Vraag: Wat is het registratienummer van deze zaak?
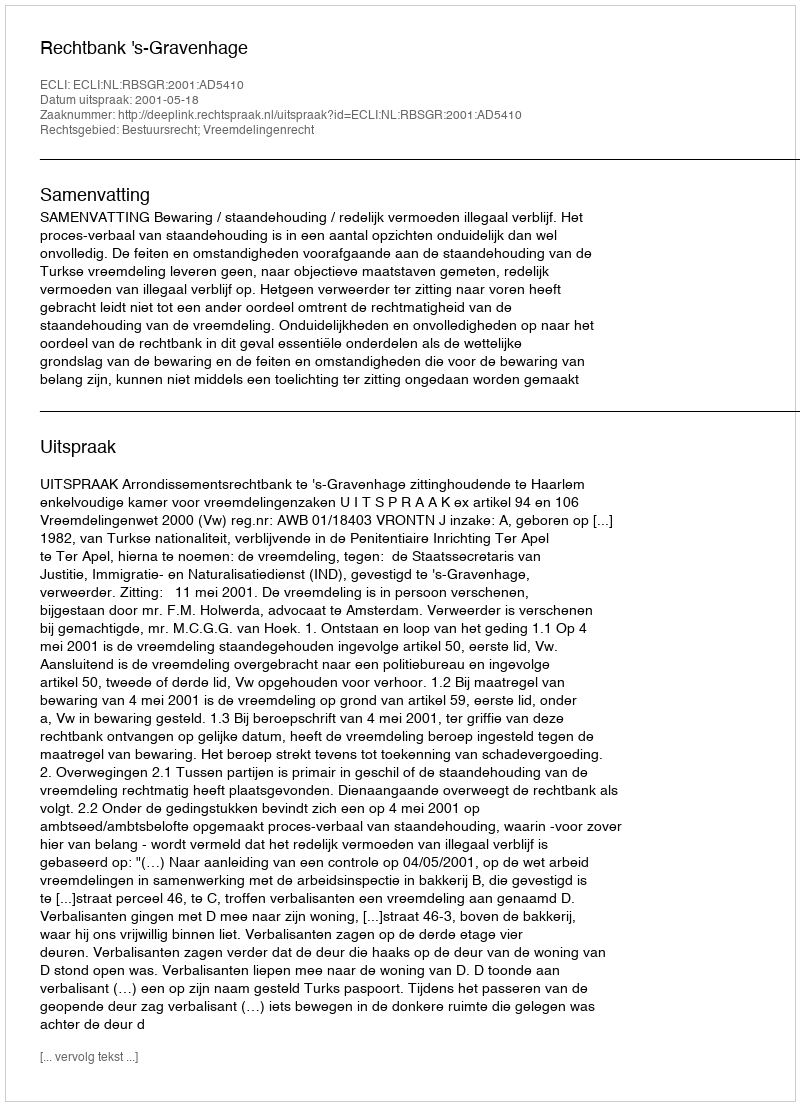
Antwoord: http://deeplink.rechtspraak.nl/uitspraak?id=ECLI:NL:RBSGR:2001:AD5410